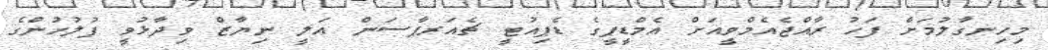
މިހިނގާލުމަށް ފަހު ރާއްޖެއެމްވީއަށް އެމްޑީޕީގެ ޑެޕިއުޓީ ޗެއަރޕާސަން ޢަލީ ނިޔާޒް ވިދާޅުވީ ފުލުހުންގެ